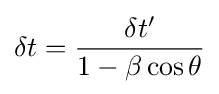
\delta t={\frac {\delta t'}{1-\beta \cos \theta }}